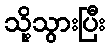
သို့သွားပြီး